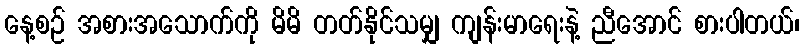
နေ့စဉ် အစားအသောက်ကို မိမိ တတ်နိုင်သမျှ ကျန်းမာရေးနဲ့ ညီအောင် စားပါတယ်၊